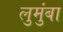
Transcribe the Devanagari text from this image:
लुमुंबा